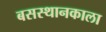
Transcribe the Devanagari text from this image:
बसस्थानकाला